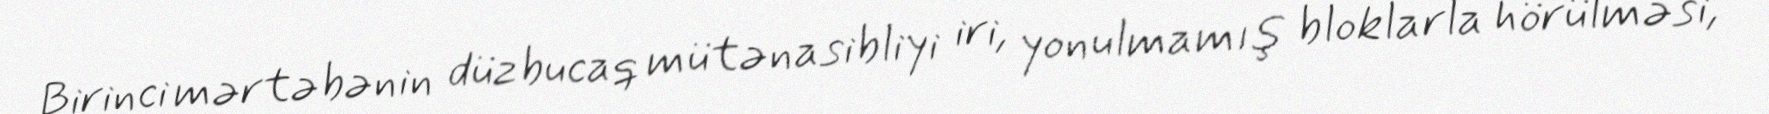
Birinci mərtəbənin düzbucaq mütənasibliyi iri, yonulmamış bloklarla hörülməsi,